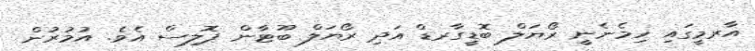
އާރމީގައި ހިމެނެނީ ރޯޔަލް ބޮޑީގާރޑް އަދި ރޯޔަލް ބޫޓާން ޕޮލިސް އެވެ. އުމުރުން